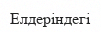
Елдеріндегі